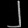
Digit: ၂